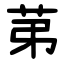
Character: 苐